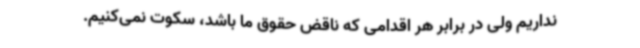
نداریم ولی در برابر هر اقدامی که ناقض حقوق ما باشد، سکوت نمی‌کنیم.